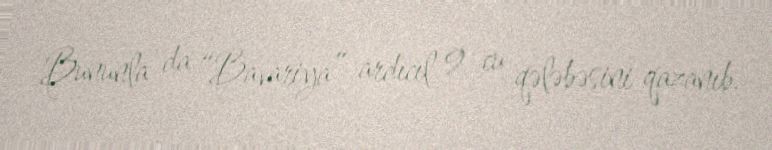
Bununla da “Bavariya” ardıcıl 9-cu qələbəsini qazanıb.